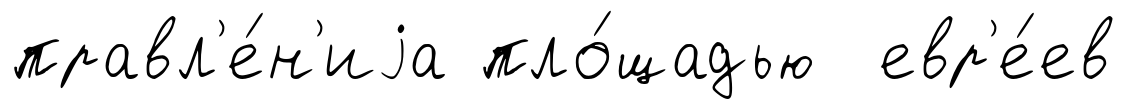
правл'е́н'иjа пло́щадью евр'е́ев